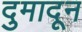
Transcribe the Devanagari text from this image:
दुमादून